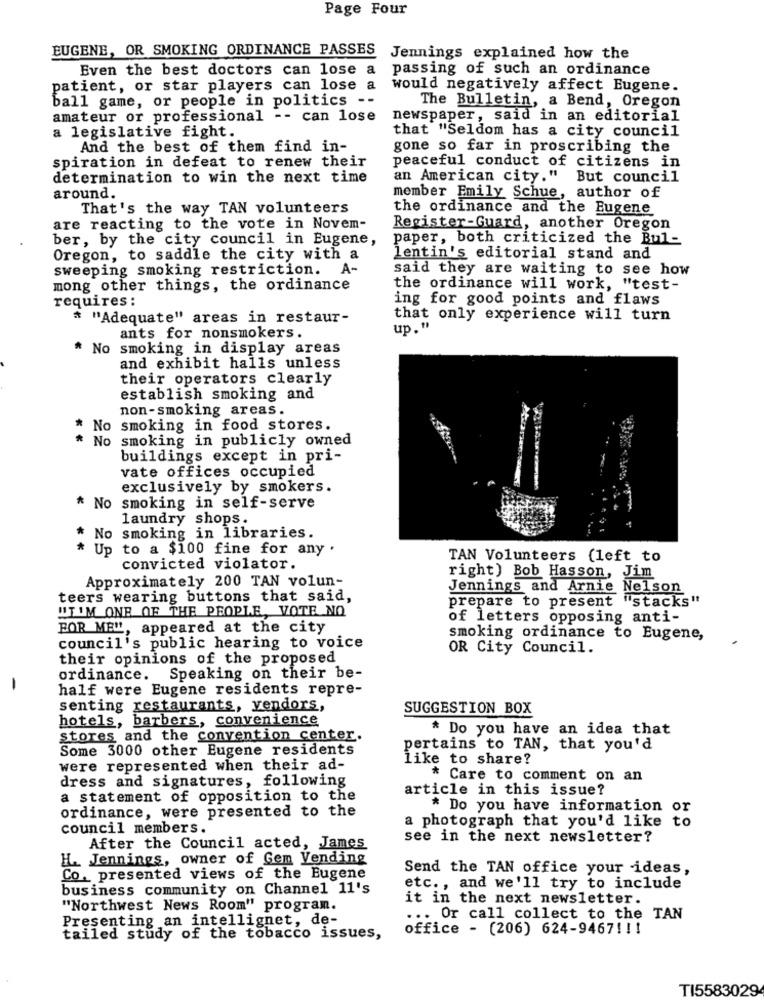
Page Four
EUGENE, OR SMOKING ORDINANCE PASSES Jennings explained how the
Even the best doctors can lose a passing of such an ordinance
patient, or star players can lose a
would negatively affect Eugene.
ball game, or people in politics --
The Bulletin, a Bend, Oregon
amateur or professional -- can lose
newspaper, said in an editorial
that "Seldom has a city council
a legislative fight.
And the best of them find in-
gone so far in proscribing the
spiration in defeat to renew their
peaceful conduct of citizens in
determination to win the next time
an American city." But council
around.
member Emily Schue, author of
That's the way TAN volunteers
the ordinance and the Eugene
are reacting to the vote in Novem-
Register-Guard, another Oregon
ber, by the city council in Eugene,
paper, both criticized the Bul-
Oregon, to saddle the city with a
lentin's editorial stand and
sweeping smoking restriction. A-
said they are waiting to see how
mong other things, the ordinance
the ordinance will work, "test-
requires :
ing for good points and flaws
* "Adequate" areas in restaur-
that only experience will turn
up . "
ants for nonsmokers.
* No smoking in display areas
and exhibit halls unless
their operators clearly
establish smoking and
non-smoking areas.
* No smoking in food stores.
* No smoking in publicly owned
buildings except in pri-
vate offices occupied
exclusively by smokers.
* No smoking in self-serve
laundry shops.
* No smoking in libraries.
* Up to a $100 fine for any .
TAN Volunteers (left to
convicted violator.
Approximately 200 TAN volun-
right) Bob Hasson, Jim
Jennings and Arnie Nelson
teers wearing buttons that said,
prepare to present "stacks"
"I'M ONE OF THE PEOPLE, VOTE NO
of letters opposing anti-
BOR ME", appeared at the city
smoking ordinance to Eugene,
council's public hearing to voice
OR City Council.
their opinions of the proposed
ordinance. Speaking on their be-
-
half were Eugene residents repre-
senting restaurants, vendors,
SUGGESTION BOX
hotels, barbers, convenience
* Do you have an idea that
stores and the convention center.
Some 3000 other Eugene residents
pertains to TAN, that you'd
like to share?
were represented when their ad-
* Care to comment on an
dress and signatures, following
article in this issue?
a statement of opposition to the
ordinance, were presented to the
* Do you have information or
a photograph that you'd like to
council members.
see in the next newsletter?
After the Council acted, James
H. Jennings, owner of Gem Vending
Send the TAN office your ideas,
Co. presented views of the Eugene
business community on Channel 11's
etc ., and we'll try to include
it in the next newsletter.
"Northwest News Room" program.
Presenting an intellignet, de-
... Or call collect to the TAN
office - (206) 624-9467 !!!
tailed study of the tobacco issues,
TI5583029